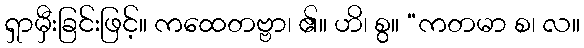
ရှာမှီးခြင်းဖြင့်။ ကထေတဗ္ဗာ၊ ၏။ ဟိ၊ စွ။ “ကတမာ စ၊ လ။